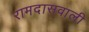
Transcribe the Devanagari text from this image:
रामदासवाली